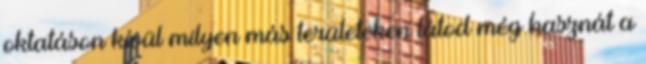
oktatáson kívül milyen más területeken látod még hasznát a